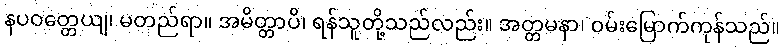
နပဝတ္တေယျ၊ မတည်ရာ။ အမိတ္တာပိ၊ ရန်သူတို့သည်လည်း။ အတ္တမနာ၊ ဝမ်းမြောက်ကုန်သည်။